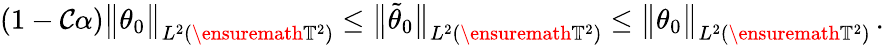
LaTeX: (1-\mathcal{C}\alpha)\bigl\| \theta_{0}\bigr\| _{L^{2}(\ensuremath{{\mathbb{{T}}}}^{2})}\leq\bigl\| \tilde{{\theta}}_{0}\bigr\| _{L^{2}(\ensuremath{{\mathbb{{T}}}}^{2})}\leq\bigl\| \theta_{0}\bigr\| _{L^{2}(\ensuremath{{\mathbb{{T}}}}^{2})}\, .